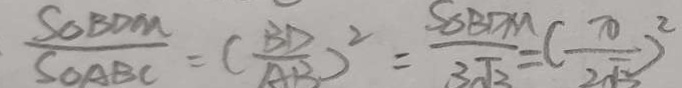
\frac { S _ { \Delta } B D M } { S _ { \Delta } A B C } = ( \frac { B D } { A B } ) ^ { 2 } = \frac { S _ { \Delta } B D M } { 3 \sqrt { 3 } } = ( \frac { 7 0 } { 2 \sqrt { 5 } } ) ^ { 2 }